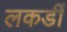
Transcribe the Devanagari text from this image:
लकडीं